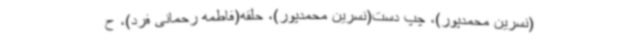
(نسرین محمدپور)، چپ دست(نسرین محمدپور)، حلقه(فاطمه رحمانی فرد)، ح